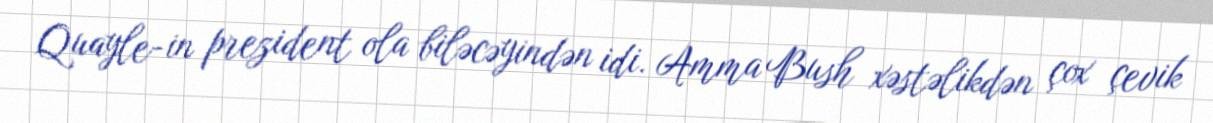
Quayle-in prezident ola biləcəyindən idi. Amma Bush xəstəlikdən çox çevik